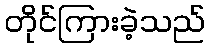
တိုင်ကြားခဲ့သည်